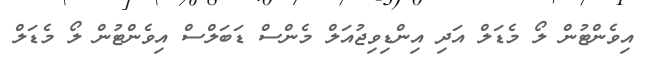
އިވެންޓުން ލޯ މެޑަލް އަދި އިންޑިވިޖުއަލް މެންސް ޑަބަލްސް އިވެންޓުން ލޯ މެޑަލް